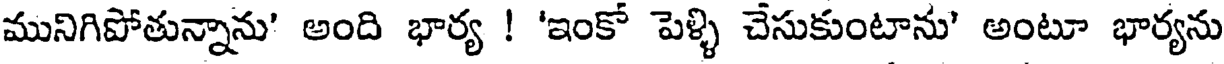
మునిగిపోతున్నాను' అంది భార్య ! 'ఇంకో పెళ్ళి చేసుకుంటాను' అంటూ భార్యను